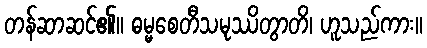
တန်ဆာဆင်၏။ ဓမ္မစေတီသမုဿိတွာတိ၊ ဟူသည်ကား။